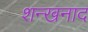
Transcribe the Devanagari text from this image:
शन्खनाद